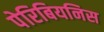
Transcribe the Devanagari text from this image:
पेरिबियनिस